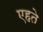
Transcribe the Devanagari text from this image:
एहते